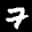
Label: 7